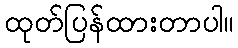
ထုတ်ပြန်ထားတာပါ။